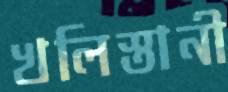
খলিস্তানী